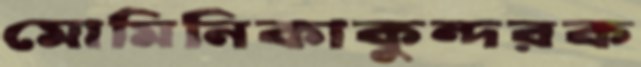
মোমিনিকাকুন্দরক